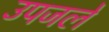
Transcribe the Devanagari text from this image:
उपजले